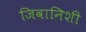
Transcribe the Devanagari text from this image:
जिवानिशी